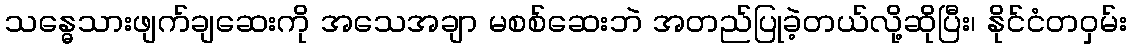
သန္ဓေသားဖျက်ချဆေးကို အသေအချာ မစစ်ဆေးဘဲ အတည်ပြုခဲ့တယ်လို့ဆိုပြီး၊ နိုင်ငံတဝှမ်း